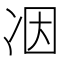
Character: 𠗃